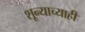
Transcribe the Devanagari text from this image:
शून्याच्याही